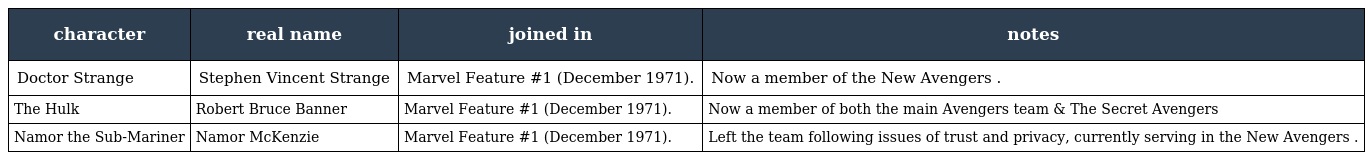
| character | real name | joined in | notes |
 | --- | --- | --- | --- |
 | Doctor Strange | Stephen Vincent Strange | Marvel Feature #1 (December 1971). | Now a member of the New Avengers . |
 | The Hulk | Robert Bruce Banner | Marvel Feature #1 (December 1971). | Now a member of both the main Avengers team & The Secret Avengers |
 | Namor the Sub-Mariner | Namor McKenzie | Marvel Feature #1 (December 1971). | Left the team following issues of trust and privacy, currently serving in the New Avengers . |